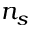
n _ { s }